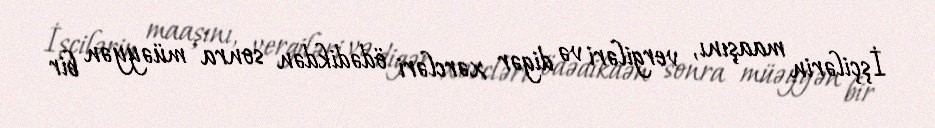
İşçilərin maaşını, vergiləri və digər xərcləri ödədikdən sonra müəyyən bir